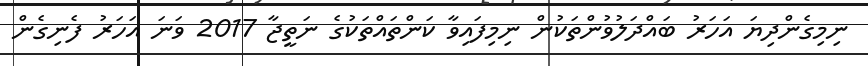
ނިމިގެންދިޔަ އަހަރު ބައްދަލުވުންތަކުން ނިމިފައިވާ ކަންތައްތަކުގެ ނަތީޖާ 2017 ވަނަ އަހަރު ފެނިގެން